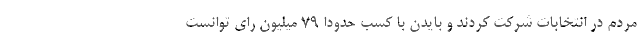
مردم در انتخابات شرکت کردند و بایدن با کسب حدوداً 79 میلیون رای توانست